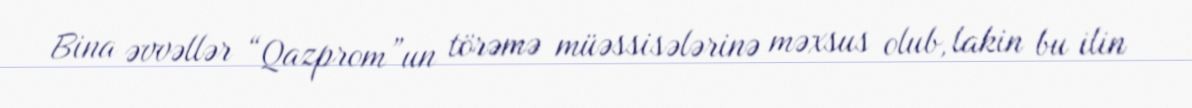
Bina əvvəllər “Qazprom”un törəmə müəssisələrinə məxsus olub, lakin bu ilin